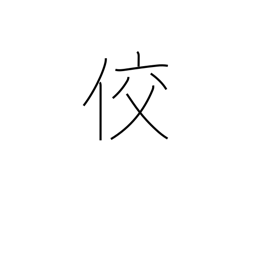
Meaning: sly